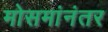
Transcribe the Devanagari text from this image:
मोसमांनंतर